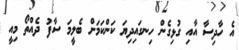
އެ ހާދިސާ އާއި ގުޅިގެން ހިނގައިދިޔަ ކަންކަމަށް ބެލީމަ ސާފު ދެއްތޯ މިއީ